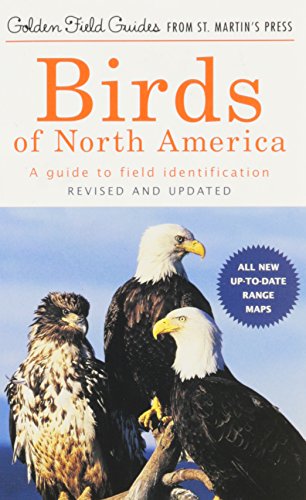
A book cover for Birds of North America: A Guide To Field Identification (Golden Field Guide f/St. Martin's Press); Chandler S. Robbins; Science & Math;